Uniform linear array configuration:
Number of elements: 4
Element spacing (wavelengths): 0.75
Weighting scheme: uniform
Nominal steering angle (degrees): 15
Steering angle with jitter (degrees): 13.702
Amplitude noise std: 0.05
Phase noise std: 0.05

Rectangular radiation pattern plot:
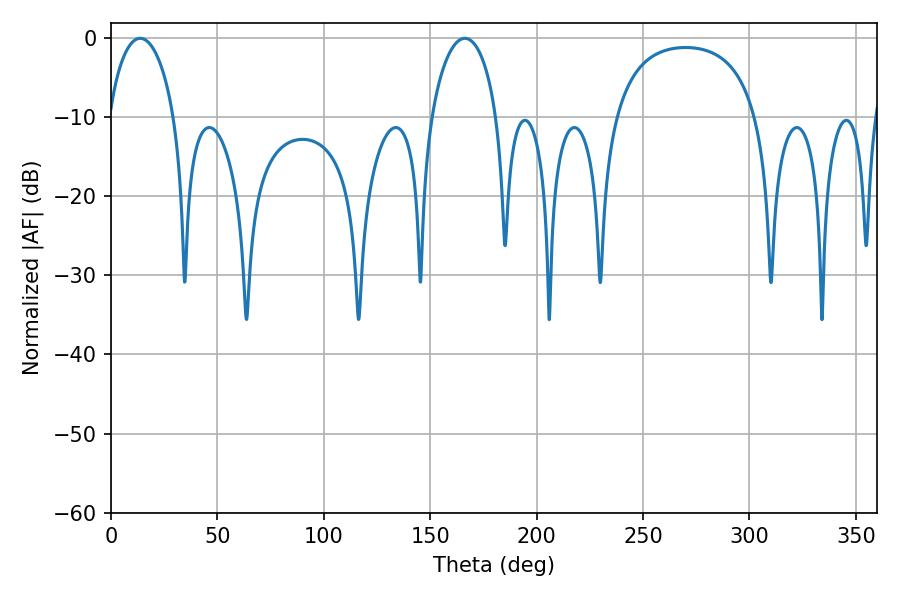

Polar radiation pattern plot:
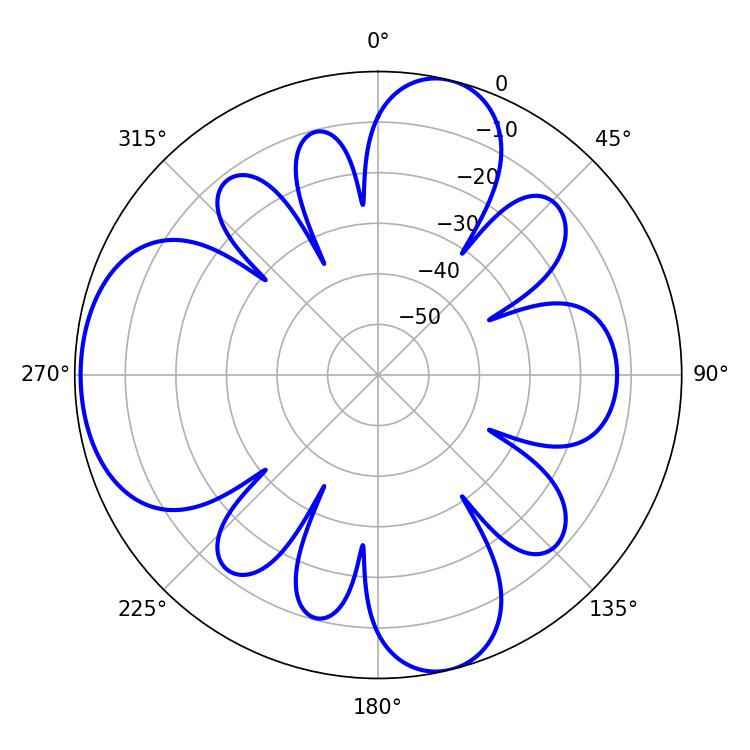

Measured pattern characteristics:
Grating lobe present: TRUE
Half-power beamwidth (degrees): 17.64
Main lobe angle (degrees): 13.68